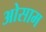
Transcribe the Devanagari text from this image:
ओसाम